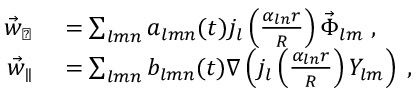
\begin{array} { r l } { \vec { w } _ { \perp } } & { { } = \sum _ { l m n } a _ { l m n } ( t ) j _ { l } \left( \frac { \alpha _ { l n } r } { R } \right) \vec { \Phi } _ { l m } \; , } \\ { \vec { w } _ { \parallel } } & { { } = \sum _ { l m n } { b } _ { l m n } ( t ) \nabla \left( j _ { l } \left( \frac { \alpha _ { l n } r } { R } \right) Y _ { l m } \right) \; , } \end{array}